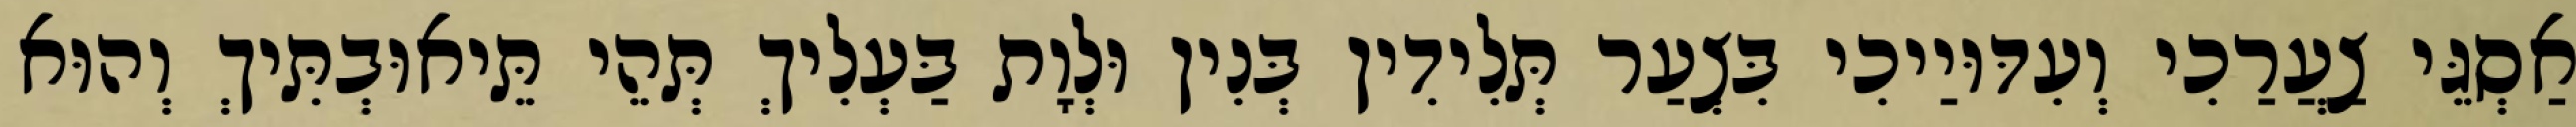
אַסְגֵּי צַעֲרַכִי וְעִדּוּיַיכִי בִּצְעַר תְּלִידִין בְּנִין וּלְוָת בַּעְלִיךְ תְּהֵי תֵּיאוּבְתִּיךְ וְהוּא